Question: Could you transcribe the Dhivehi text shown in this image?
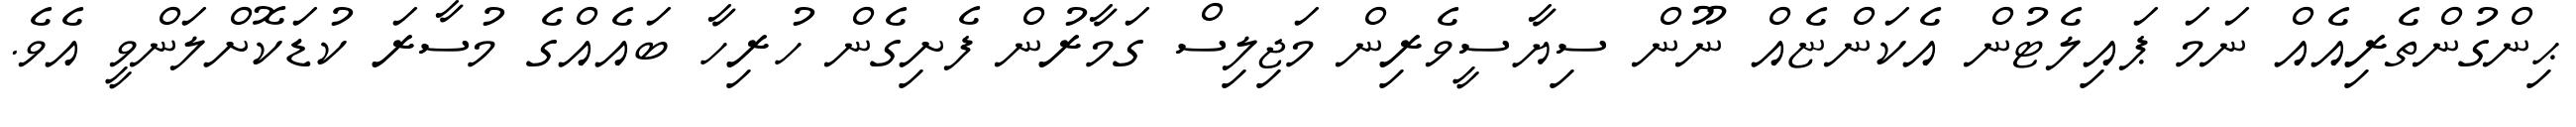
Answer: ޙިންގުންތެރިއެއް ނަމަ ޕައިލެޓުން އެކަންޏެއް ނޫން ސިޔާސީވެރިން މަޖިލިސް ގަމާރުން ފެށިގެން ހުރިހާ ބައެއްގެ މުސާރަ ކުޑަކޮށްލަންވީ އެވެ.